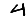
Digit: 4